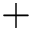
+